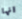
انها